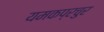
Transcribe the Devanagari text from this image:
यमकप्रचुर